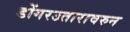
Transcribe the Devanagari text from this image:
डोंगरउतारावरुन